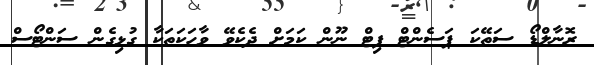
ރޮނާލްޑޯ ސަތޭކަ ޕަސެންޓް ފިޓް ނޫން ކަމަށް ދެކެވޭ ވާހަކަތަކާ ގުޅިގެން ސަންޓޯސް